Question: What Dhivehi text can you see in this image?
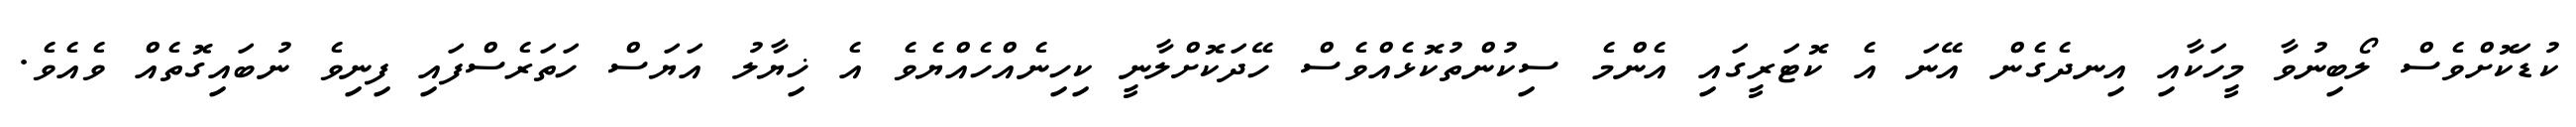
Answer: ކުޑަކޮށްވެސް ލޯބިނުވާ މީހަކާއި އިނދެގެން އޭނަ އެ ކޮޓަރީގައި އެންމެ ސިކުންތުކޮޅެއްވެސް ހޭދަކޮށްލާނީ ކިހިނެއްހެއްޔެވެ އެ ޚިޔާލު އަޔަސް ހަތަރެސްފައި ފިނިވެ ނުބައިގޮތެއް ވެއެވެ.